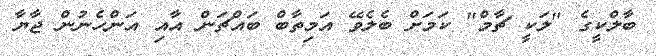
ބާލްކީގެ "ލަކީ ޗާމް" ކަމަށް ބެލެވޭ އަމިތާބް ބައްޗަން އާއި އަންހެނުން ޖާޔާ